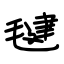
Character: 毽